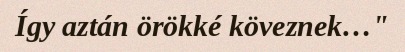
Így aztán örökké köveznek…"